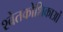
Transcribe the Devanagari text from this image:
श्वेतकोशिकाओं